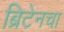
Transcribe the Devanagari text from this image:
ब्रिटेनचा